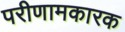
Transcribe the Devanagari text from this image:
परीणामकारक